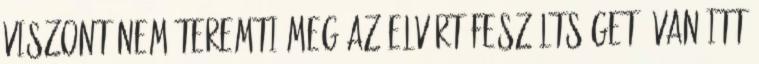
viszont nem teremti meg az elvárt feszültséget. Van itt